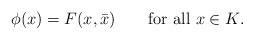
LaTeX: \begin{align*}\phi(x)=F(x,\bar x)\qquad\hbox{for all $x\in K$}.\end{align*}